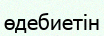
өдебиетін